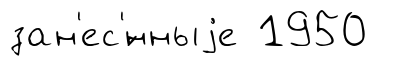
зан'ес'́нныjе 1950